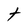
Character: t